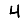
Digit: 4